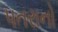
પતરાનો